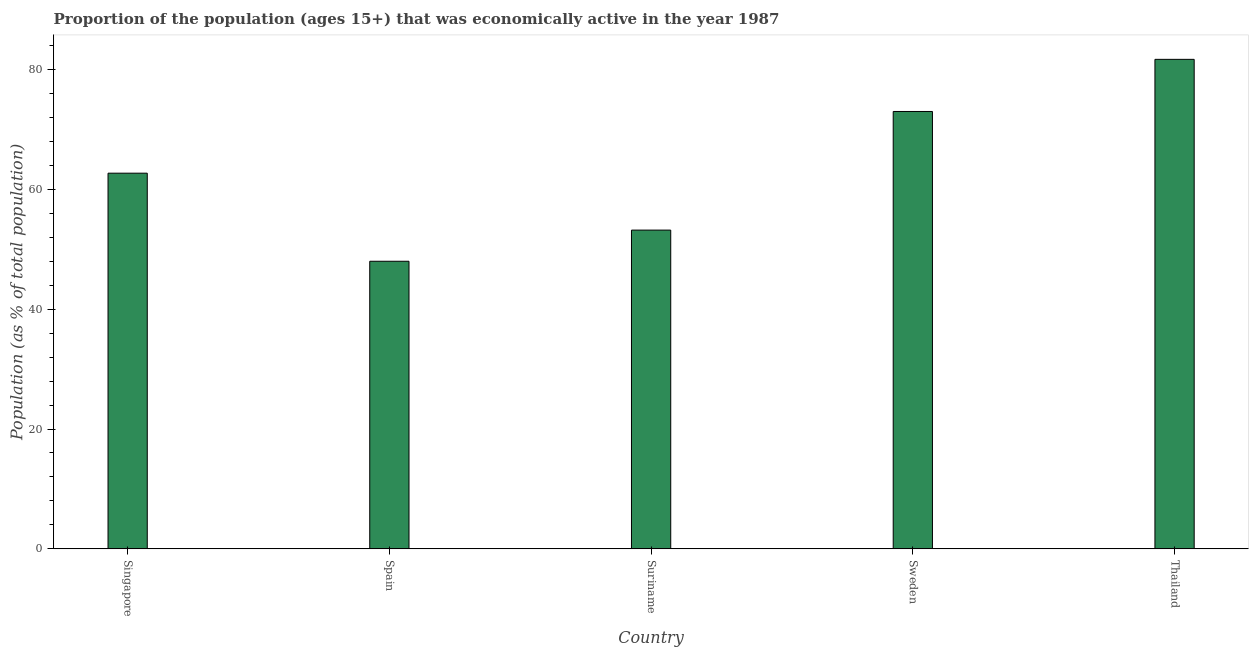
| Country | Labor force participation rate total |
 | --- | --- |
 | Singapore | 62.7 |
 | Spain | 48 |
 | Suriname | 53.2 |
 | Sweden | 73 |
 | Thailand | 81.7 |